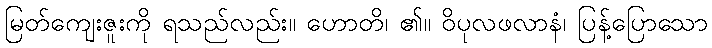
မြတ်ကျေးဇူးကို ရသည်လည်း။ ဟောတိ၊ ၏။ ဝိပုလဖလာနံ၊ ပြန့်ပြောသော